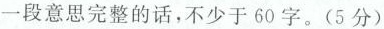
一段意思完整的话，不少于60字。(5分)